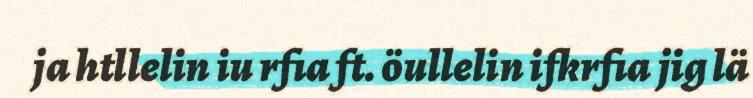
ja htllelin iu rfia ft. öullelin ifkrfia jig lä